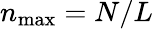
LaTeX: n_{\mathrm{max}}=N/L